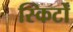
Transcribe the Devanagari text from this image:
स्किर्टों